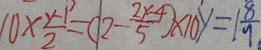
1 0 \times \frac { y - 1 } { 2 } = ( 2 - \frac { 2 x - 4 } { 5 } ) \times 1 0 y = 1 \frac { 8 } { 9 }